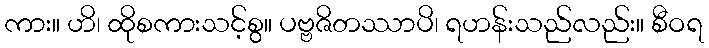
ကား။ ဟိ၊ ထိုစကားသင့်စွ။ ပဗ္ဗဇိတဿာပိ၊ ရဟန်းသည်လည်း။ စီဝရ